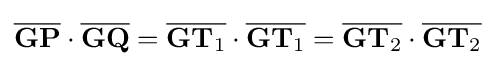
{\overline {\mathbf {GP} }}\cdot {\overline {\mathbf {GQ} }}={\overline {\mathbf {GT} _{1}}}\cdot {\overline {\mathbf {GT} _{1}}}={\overline {\mathbf {GT} _{2}}}\cdot {\overline {\mathbf {GT} _{2}}}